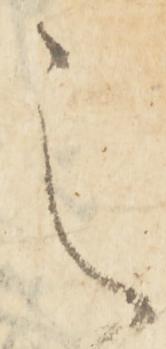
之